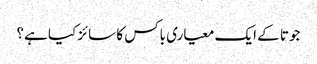
جوتا کے ایک معیاری باکس کا سائز کیا ہے؟